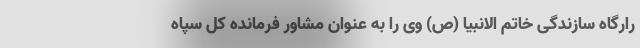
رارگاه سازندگی خاتم الانبیا (ص) وی را به عنوان مشاور فرمانده کل سپاه